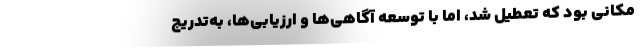
مکانی بود که تعطیل شد، اما با توسعه آگاهی‌ها و ارزیابی‌ها، به‌تدریج